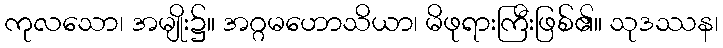
ကုလသော၊ အမျိုး၌။ အဂ္ဂမဟောသိယာ၊ မိဖုရားကြီးဖြစ်၏။ သုဒဿန၊